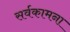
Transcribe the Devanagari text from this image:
सर्वकामना